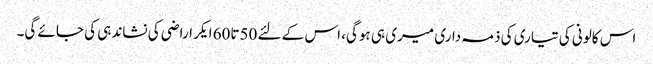
اس کالونی کی تیاری کی ذمہ داری میری ہی ہوگی، اس کے لئے 50تا60 ایکر اراضی کی نشاندہی کی جائے گی۔